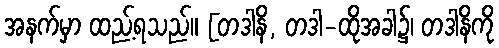
အနက်မှာ ထည့်ရသည်။ [တဒါနိ, တဒါ-ထိုအခါ၌၊ တဒါနိကို